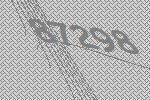
87298